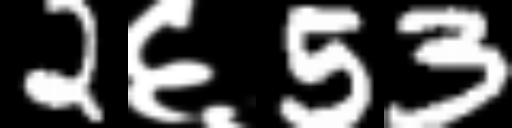
Text: 2६53